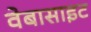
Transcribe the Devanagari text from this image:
वेबासाइट